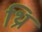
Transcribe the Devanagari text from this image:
थ्रि